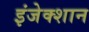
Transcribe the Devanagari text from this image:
इंजेक्शान